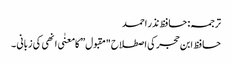
ترجمہ: حافظ نذر احمد
حافظ ابن حجر کی اصطلاح "مقبول” کا معنٰی انھی کی زبانی ۔